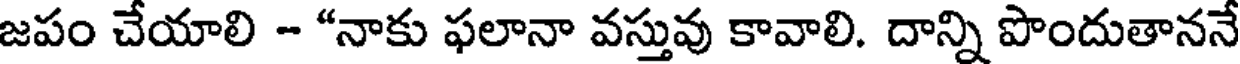
జపం చేయాలి - "నాకు ఫలానా వస్తువు కావాలి. దాన్ని పొందుతాననే